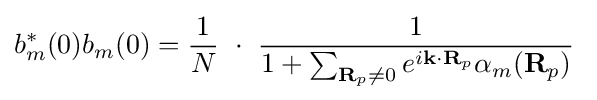
b_{m}^{*}(0)b_{m}(0)={\frac {1}{N}}\ \cdot \ {\frac {1}{1+\sum _{\mathbf {R} _{p}\neq 0}e^{i\mathbf {k} \cdot \mathbf {R} _{p}}\alpha _{m}(\mathbf {R} _{p})}}\